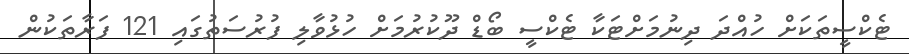
ޓެކްސީތަކަށް ހުއްދަ ދިނުމަށްޓަކާ ޓެކްސީ ބޯޑް ދޫކުރުމަށް ހުޅުވާލި ފުރުސަތުގައި 121 ފަރާތަކުން